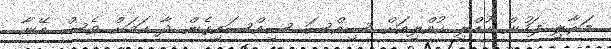
މަރާލި ފަހުން ކުއްލި ކުއްލިއަށް ސިއްސަ ސިއްސައިގެން ދާ ކަމަށް ވެސް އޭނާ